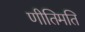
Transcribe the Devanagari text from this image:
णीतिमति